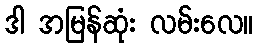
ဒါ အမြန်ဆုံး လမ်းလေ။